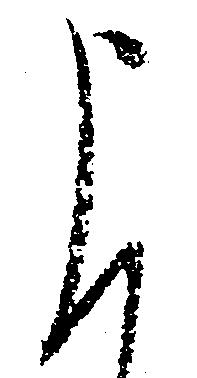
申